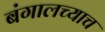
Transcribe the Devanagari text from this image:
बंगालच्याच